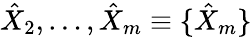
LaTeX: \hat{X}_{2},\dots,\hat{X}_{m}\equiv\{ \hat{X}_{m}\}